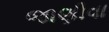
જાણીવા